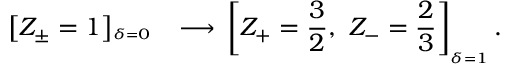
\left[ Z _ { \pm } = 1 \right] _ { ^ { _ { _ { \delta = 0 } } } } \ \ \longrightarrow \, \left[ Z _ { + } = \frac { 3 } { 2 } , \ Z _ { - } = \frac { 2 } { 3 } \right] _ { _ { \delta = 1 } } .